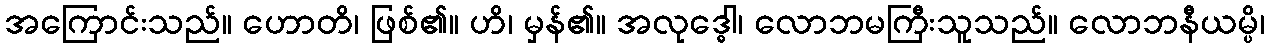
အကြောင်းသည်။ ဟောတိ၊ ဖြစ်၏။ ဟိ၊ မှန်၏။ အလုဒ္ဓေါ၊ လောဘမကြီးသူသည်။ လောဘနီယမ္ပိ၊